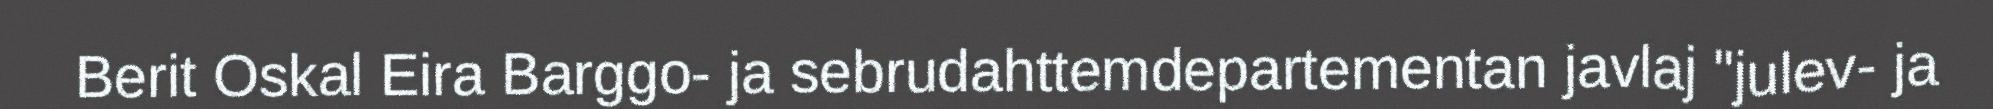
Berit Oskal Eira Barggo- ja sebrudahttemdepartementan javlaj "julev- ja